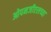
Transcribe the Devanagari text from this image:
ओपनजीएलच्या